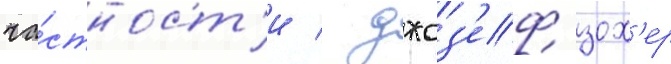
ча́стност'и / джоз'еф зох'ер